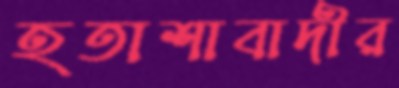
হতাশাবাদীর